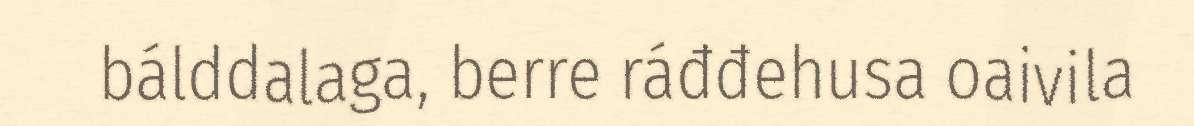
bálddalaga, berre ráđđehusa oaivila